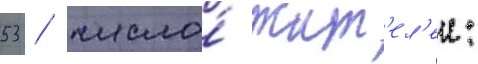
53 / число́ жит'ел'еи: